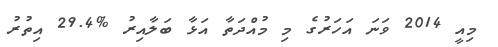
މިއީ 2014 ވަނަ އަހަރުގެ މި މުއްދަތާ އަޅާ ބަލާއިރު %29.4 އިތުރު